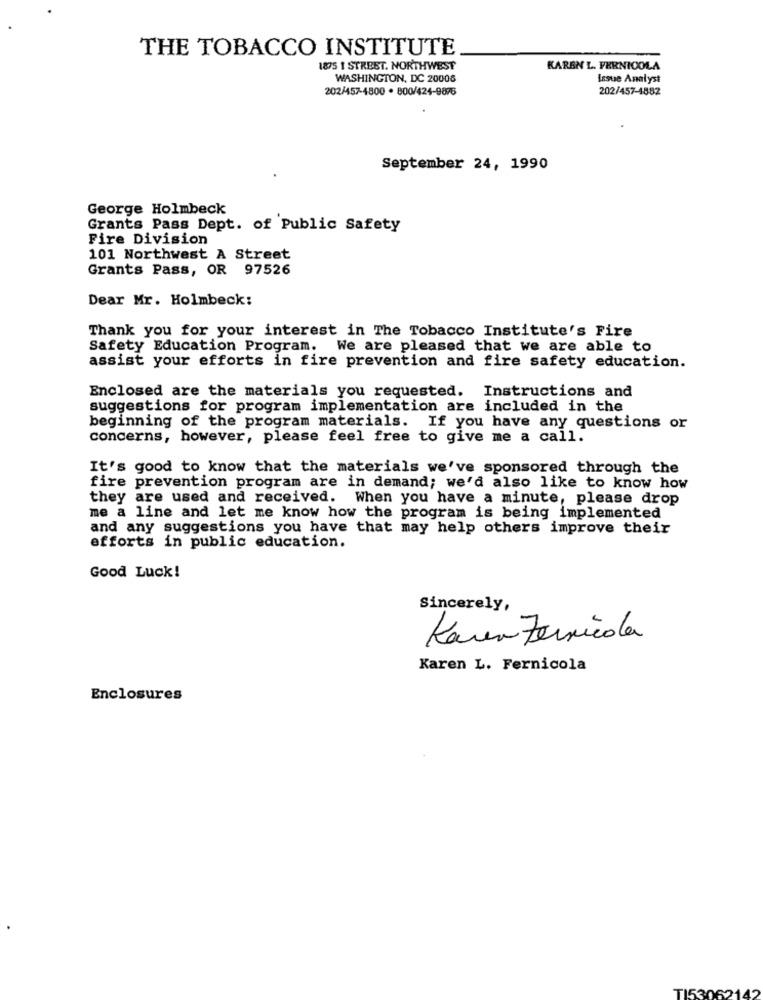
THE TOBACCO INSTITUTE
1875 1 STREET. NORTHWEST
KAREN L. FERNICOLA
WASHINGTON, DC 20008
Issue Analyst
202/457-4800 · 800/424-9876
202/457-4882
September 24, 1990
George Holmbeck
Grants Pass Dept. of Public Safety
Fire Division
101 Northwest A Street
Grants Pass, OR 97526
Dear Mr. Holmbeck:
Thank you for your interest in The Tobacco Institute's Fire
Safety Education Program. We are pleased that we are able to
assist your efforts in fire prevention and fire safety education.
Enclosed are the materials you requested. Instructions and
suggestions for program implementation are included in the
beginning of the program materials. If you have any questions or
concerns, however, please feel free to give me a call.
It's good to know that the materials we've sponsored through the
fire prevention program are in demand; we'd also like to know how
they are used and received. When you have a minute, please drop
me a line and let me know how the program is being implemented
and any suggestions you have that may help others improve their
efforts in public education.
Good Luck!
Sincerely,
Karen Fermeda
Karen L. Fernicola
Enclosures
TI53062142